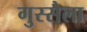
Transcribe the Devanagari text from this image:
गुस्सैला